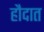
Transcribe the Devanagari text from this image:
हौदात